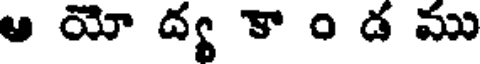
ఆ యో ద్య కా ం డ ము